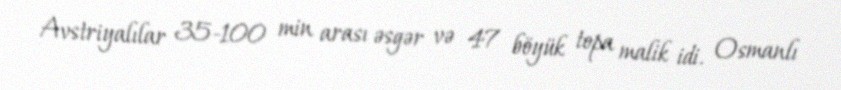
Avstriyalılar 35-100 min arası əsgər və 47 böyük topa malik idi. Osmanlı